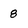
Character: 8